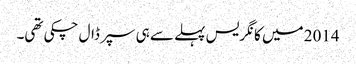
2014 میں کانگریس پہلے سے ہی سپر ڈال چکی تھی۔